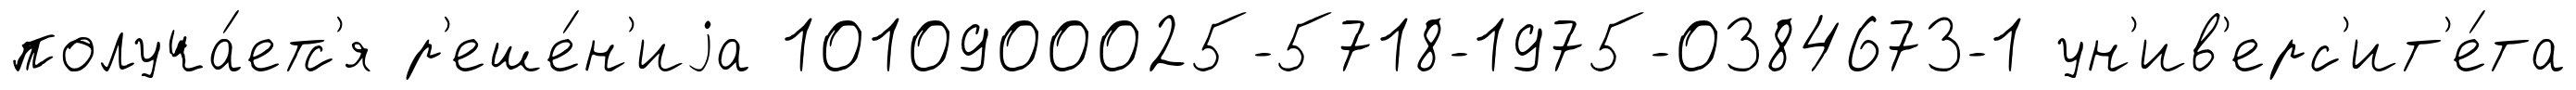
получа́етс'я р'еше́н'иjа 1010900025-5718-1975-0384673-1 ун'ив'ерс'ит'е́та